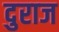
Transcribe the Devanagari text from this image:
दुराज